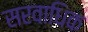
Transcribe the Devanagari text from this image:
सरवाधिक